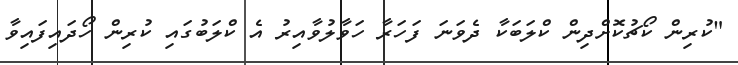
"ކުރިން ކޯޗުކޮށްދިން ކްލަބަކާ ދެވަނަ ފަހަރާ ހަވާލުވާއިރު އެ ކްލަބުގައި ކުރިން ހޯދައިފައިވާ